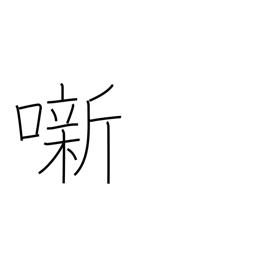
Meaning: (kokuji)